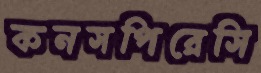
কনসপিরেসি